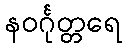
နဝင်္ဂုတ္တရေ